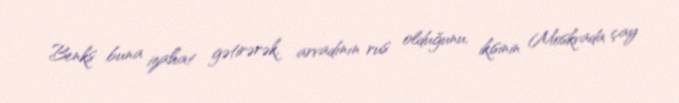
Benks buna izahat gətirərək, arvadının rus olduğunu, ikisinin Moskvada çay